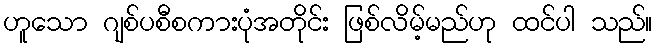
ဟူသော ဂျစ်ပစီစကားပုံအတိုင်း ဖြစ်လိမ့်မည်ဟု ထင်ပါ သည်။